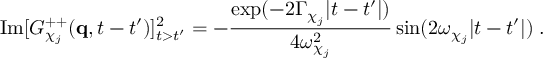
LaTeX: \mathrm { I m } [ G _ { \chi _ { j } } ^ { + + } ( { \bf q } , t - t ^ { \prime } ) ] _ { t > t ^ { \prime } } ^ { 2 } = - \frac { \exp ( - 2 \Gamma _ { \chi _ { j } } | t - t ^ { \prime } | ) } { 4 \omega _ { \chi _ { j } } ^ { 2 } } \sin ( 2 \omega _ { \chi _ { j } } | t - t ^ { \prime } | ) \; .